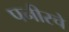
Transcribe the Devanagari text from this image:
पनीरचे